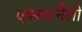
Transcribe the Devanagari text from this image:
एक्सटर्नैली